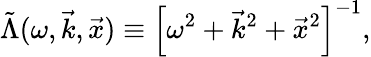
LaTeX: \tilde{\Lambda}(\omega,\vec{k},\vec{x})\equiv\left[\omega^{2}+\vec{k}^{2}+\vec{x}^{2}\right]^{-1},